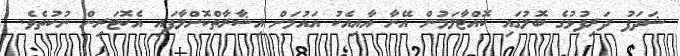
ޝަދަފު ދަރިފުޅުގެ ބޮލުގައި ކޮއްޓާލަމުން އޭނާ އާއިއެކު އައުމަށް އިޝާރާތްކޮށްލާފައި އެކޮޓަރިން ނުކުތެވެ.